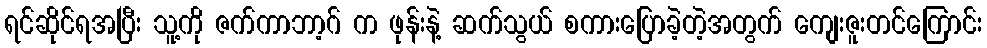
ရင်ဆိုင်ရအပြီး သူ့ကို ဇက်ကာဘာ့ဂ် က ဖုန်းနဲ့ ဆက်သွယ် စကားပြောခဲ့တဲ့အတွက် ကျေးဇူးတင်ကြောင်း